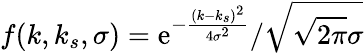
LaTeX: f(k,k_{s},\sigma)=\mathrm{e}^{-\frac{(k-k_{s})^{2}}{4\sigma^{2}}}/\sqrt{\sqrt{2\pi}\sigma}